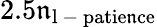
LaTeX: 2.5\mathfrak{n}_{\mathrm{{l\mathrm{{~-~}}patie\mathfrak{n}ce}}}